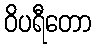
ဝိပရီတော